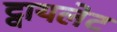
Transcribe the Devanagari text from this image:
ट्वायलेट